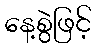
နေ့စွဲဖြင့်